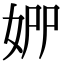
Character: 𡜢